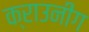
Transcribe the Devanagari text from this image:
क्राउनींग